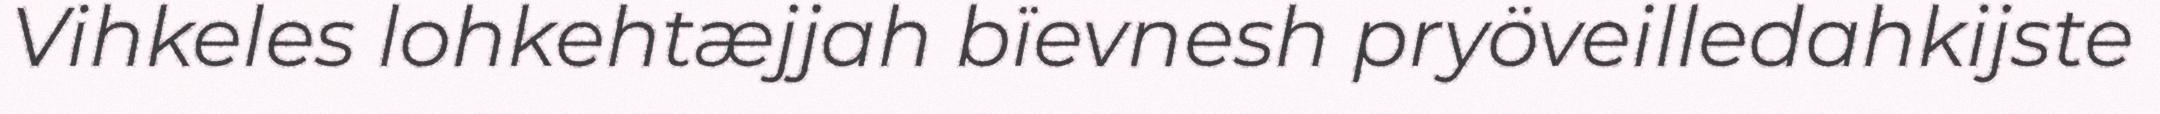
Vihkeles lohkehtæjjah bïevnesh pryöveilledahkijste